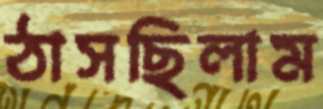
ঠাসছিলাম